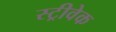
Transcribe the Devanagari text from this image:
स्ट्रीवेक